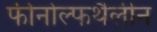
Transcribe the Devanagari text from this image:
फीनोल्फथैलीन